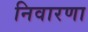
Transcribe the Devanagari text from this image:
निवारणा